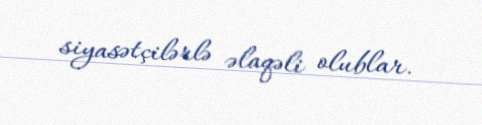
siyasətçilərlə əlaqəli olublar.